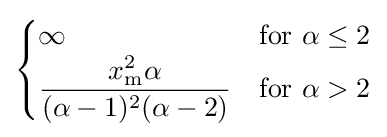
{\begin{cases}\infty &{\text{for }}\alpha \leq 2\\{\dfrac {x_{\mathrm {m} }^{2}\alpha }{(\alpha -1)^{2}(\alpha -2)}}&{\text{for }}\alpha >2\end{cases}}